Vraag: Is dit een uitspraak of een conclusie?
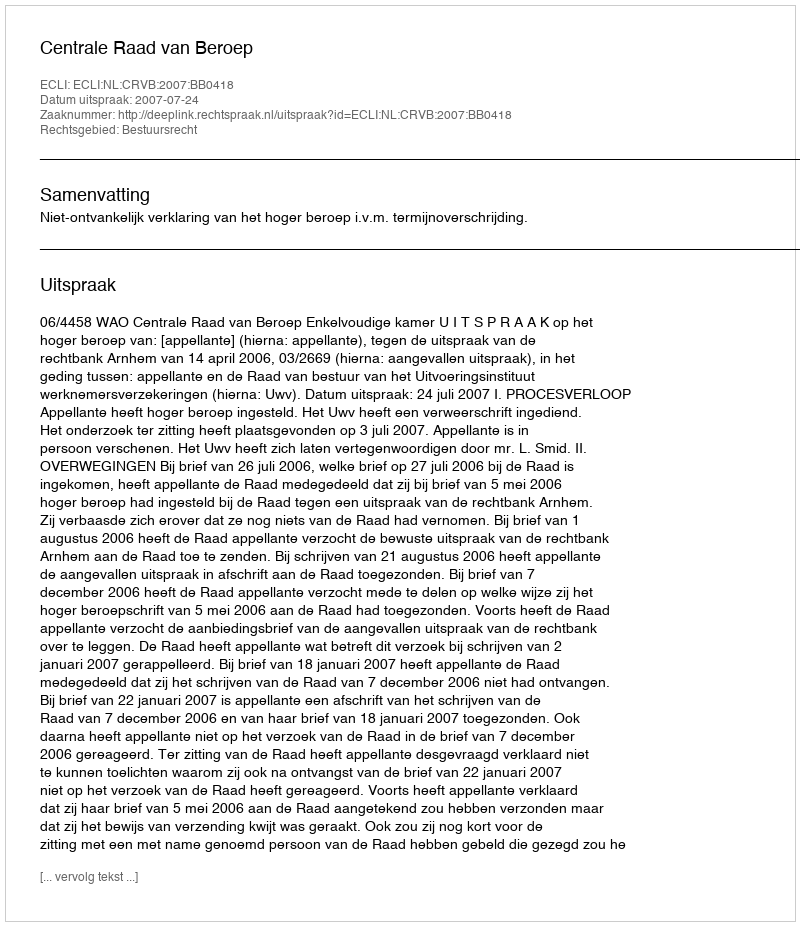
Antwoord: Uitspraak